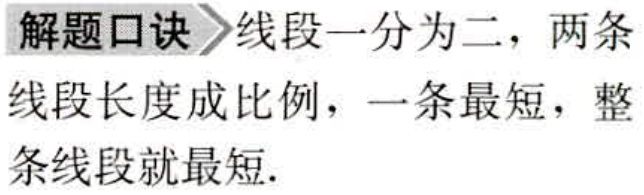
解题口诀 线段一分为二，两条

线段长度成比例，一条最短，整

条线段就最短.